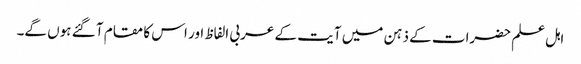
اہل علم حضرات کے ذہن میں آیت کے عربی الفاظ اور اس کا مقام آ گئے ہوں گے۔